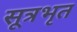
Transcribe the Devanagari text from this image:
सूत्रभृत